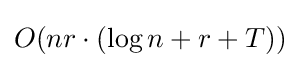
O(nr\cdot (\log {n}+r+T))